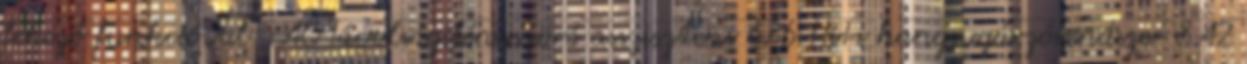
fékező funkcióval 5AC Távolságifényszóró asszisztens 676 HiFi hangsugárzórendszer 8A2